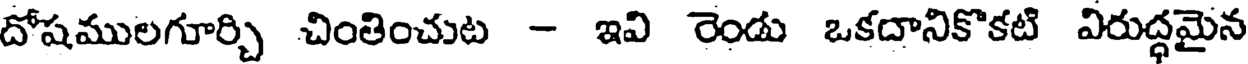
దోషములగూర్చి చింతించుట - ఇవి రెండు ఒకదానికొకటి విరుద్ధమైన